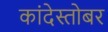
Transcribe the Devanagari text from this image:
कांदेस्तोबर